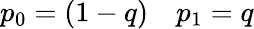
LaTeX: p_{0}=(1-q)\quad p_{1}=q